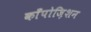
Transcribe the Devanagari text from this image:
काँपोज़िशन